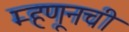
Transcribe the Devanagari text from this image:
म्हणूनची